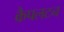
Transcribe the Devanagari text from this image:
कैपलटन